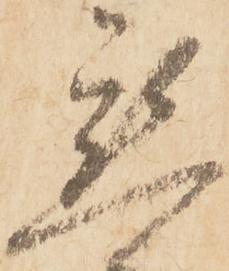
懇